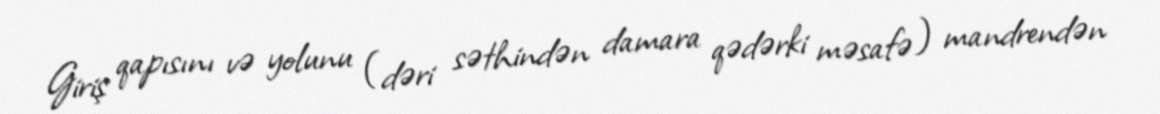
Giriş qapısını və yolunu (dəri səthindən damara qədərki məsafə) mandrendən